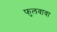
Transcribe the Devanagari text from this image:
फुलवावा